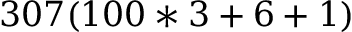
3 0 7 ( 1 0 0 * 3 + 6 + 1 )